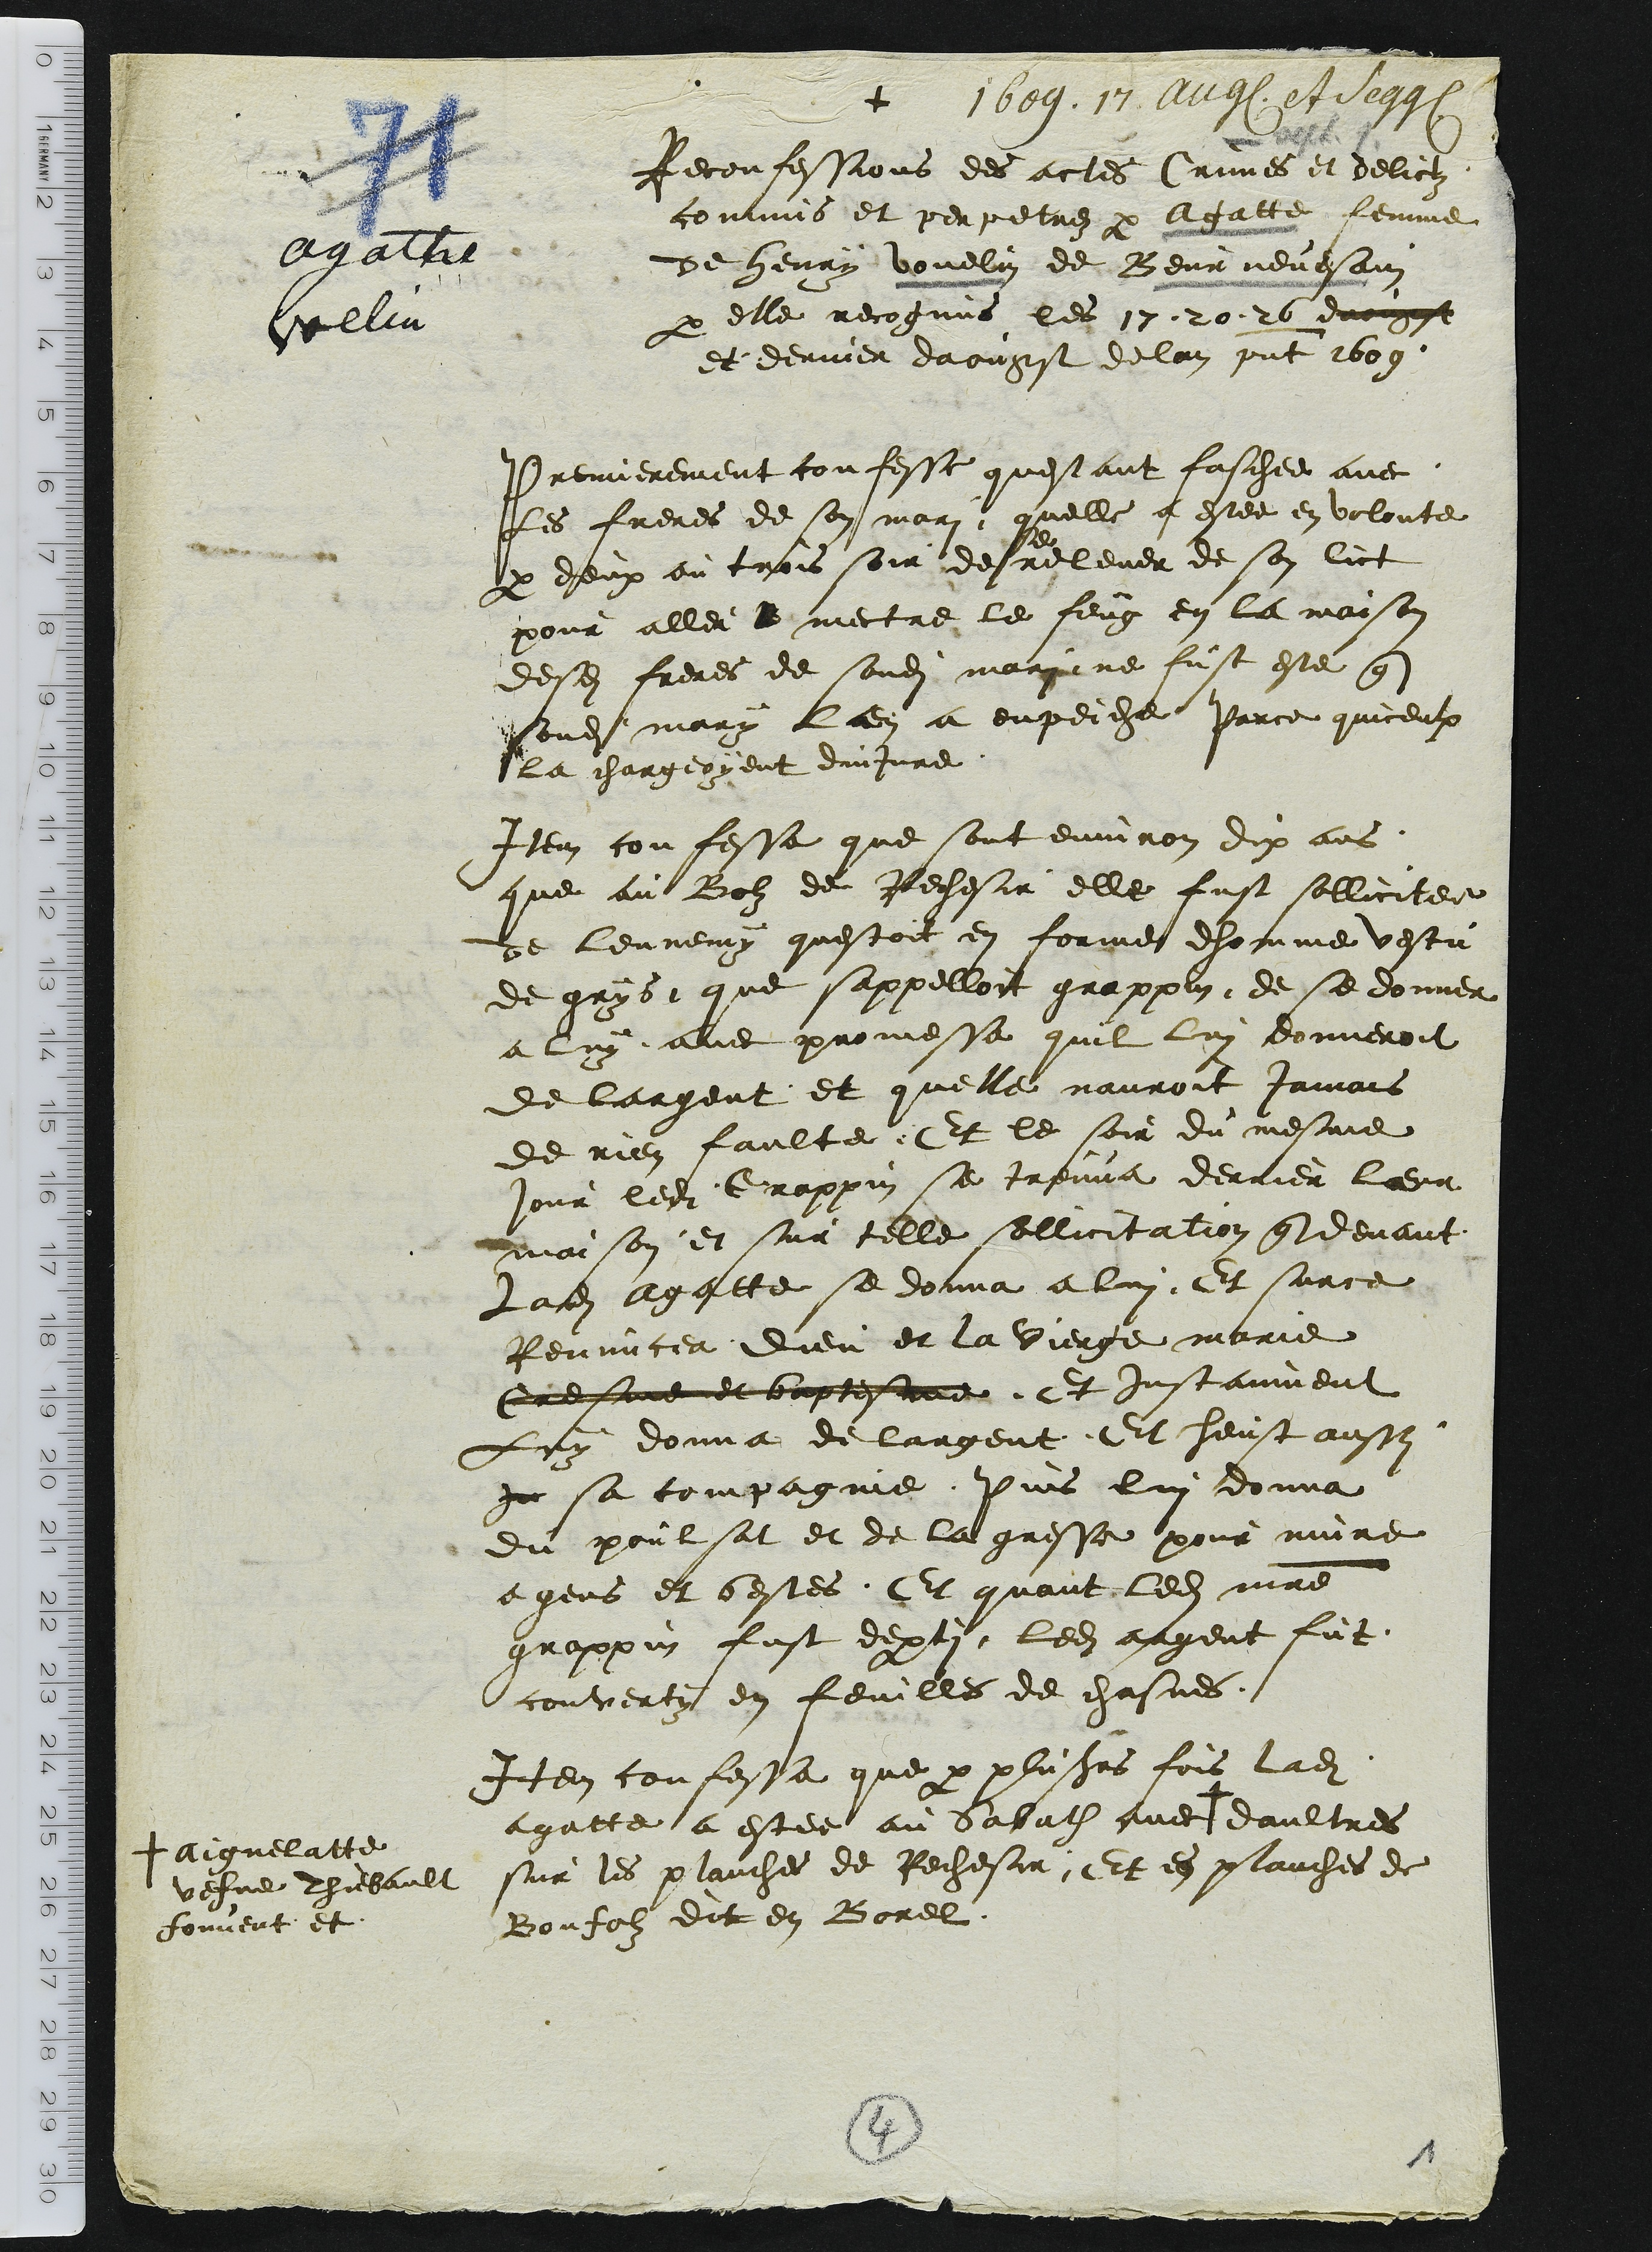
agathe
voelin
 + aiguelatte
vefve Thiebault
fouvent et

1609. 17. août et septembre
+
Reconfessions des actes Crimes et delictz
commis et perpetrez par Agatte femme
de henry vouelin de Beurnevesain
par elle recognus les 17-20-26 daougst
et dernier daougst de lan present 1609.
Premierement confesse questant faschee avec
les freres de son mari, quelle a estee en volonte
par deux ou trois soir de se relever de son lict
pour aller ? mectre le feug en la maison
desdits freres de sondit mary ne fust esté que
sondit mary lan a enpeiche Parce quiceulx
la chargeoyent dinjure.
Item confesse que sont environ dix ans
que au Bolz de Rechesie elle fust sollicitee
de lennemy questoit en forme dhomme vestu
de grys, que sappelloit grappin, de se donner
a luy avec promesse quil lui donneroit
de largent et quelle nauroit Jamais
de rien faulte. Et le soir du mesme
jour ledit Grappin se treuva derrier leur
maison et sur telle sollicitation que devant
Ladite Agatte se donna a lui. Et surce
Renuncer Dieu et la Vierge marie
Cresme et baptesme. Et instaument
Luy donna de largent. Et heust aussy
in sa compagnie. Puis lui donna
du poulsat et de la gresse pour nuire
a gens et bestes. Et quant ledit maitre
grappin fust departi, ledit argent fut
converty en feuilles de chesnes.
Item confessa que par plusieurs fois ladite
agatte a estee au Sabath avec + daultres
sur les planches de Rechesie. Et es planches de
Bonfolz dit en Borel.
4
1